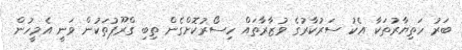
ބަރު ހަތިޔާރުތަކާ އެކު ސަރުކާރުގެ ވުޒާރާތައް ހިސޯރުކޮށްގެން ތިބި ގްރޫޕުތަކުން ވަނީ އެމީހުން